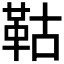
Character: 𩊉